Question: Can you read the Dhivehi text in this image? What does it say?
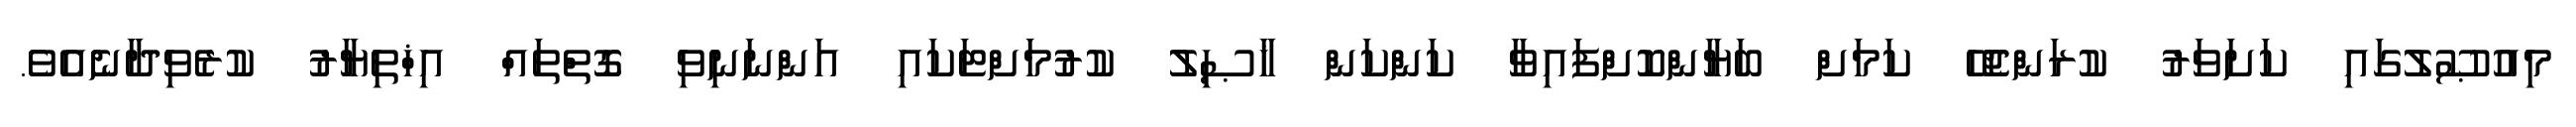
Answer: މިއުޞޫލުގައި ކަށަވަރު ކުރަންޖެހޭ ކަމަށް ބަޔާންކޮށްފައިވާ ކަންކަން ޚާޞިލު ކުރުމަށްޓަކައި އަންނަނިވި ގޮތްތައް އިޚްތިޔާރު ކުރެވިދާނެއެވެ.